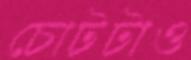
চোটটাও